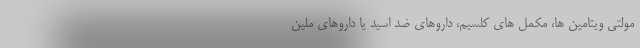
مولتی ویتامین ها، مکمل های کلسیم، داروهای ضد اسید یا داروهای ملین